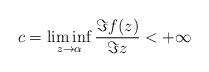
LaTeX: \begin{align*}c=\liminf_{z\rightarrow\alpha}\frac{\Im f(z)}{\Im z}<+\infty\end{align*}